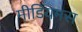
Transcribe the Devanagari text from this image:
मीडियमस